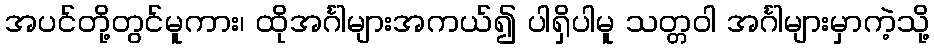
အပင်တို့တွင်မူကား၊ ထိုအင်္ဂါများအကယ်၍ ပါရှိပါမူ သတ္တဝါ အင်္ဂါများမှာကဲ့သို့